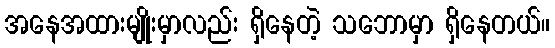
အနေအထားမျိုးမှာလည်း ရှိနေတဲ့ သဘောမှာ ရှိနေတယ်။